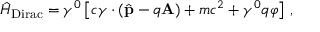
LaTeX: { \hat { H } } _ { \mathrm { D i r a c } } = \gamma ^ { 0 } \left[ c { \boldsymbol { \gamma } } \cdot \left( { \hat { \mathbf { p } } } - q \mathbf { A } \right) + m c ^ { 2 } + \gamma ^ { 0 } q \varphi \right] \, ,